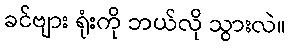
ခင်ဗျား ရုံးကို ဘယ်လို သွားလဲ။